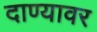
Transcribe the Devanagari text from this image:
दाण्यावर